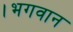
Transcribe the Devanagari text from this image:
।भगवान